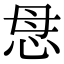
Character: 𢘓